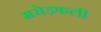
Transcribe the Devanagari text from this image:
मरोड़फली